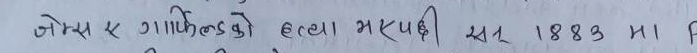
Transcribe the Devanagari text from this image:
जोम्स ए गार्फिल्डको हत्या भएपछि सन् 1883 मा पि